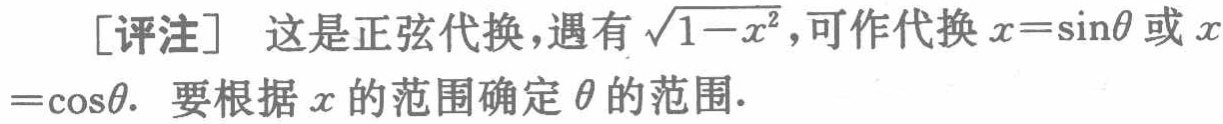
[评注] 这是正弦代换，遇有\(\sqrt{1 - x^{2}}\)，可作代换\(x = \sin\theta\)或\(x=\cos\theta\). 要根据\(x\)的范围确定\(\theta\)的范围.